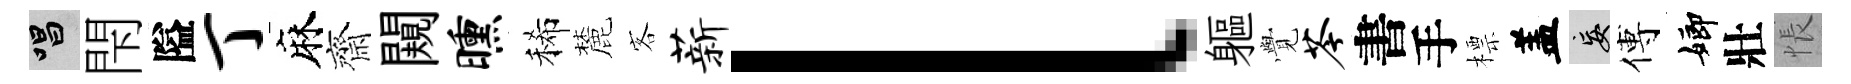
唱閇隘丁麻齊闚曛稀麓客薪l軀𮗜苓書手標盖妄傅嫏壯悵